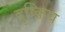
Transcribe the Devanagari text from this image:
दुष्क्रिय